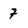
Character: 7